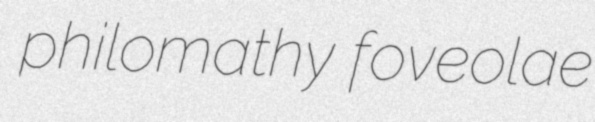
philomathy foveolae